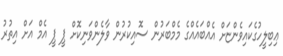
ޢިބިލީހުގެކައިވެންޏަށް އެއްބައެއްގެ މެމްބަރުން ސޮއިކުރުން ވާލެންވަނިކޮށް ޕީ ޕީ އެމް އަށް އިތުރު